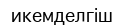
икемделгіш